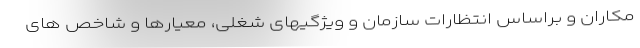
مکاران و براساس انتظارات سازمان و ویژگیهای شغلی، معیارها و شاخص های